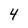
Character: 4